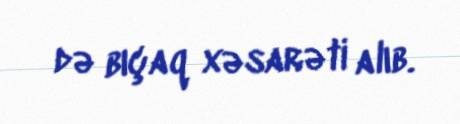
də bıçaq xəsarəti alıb.